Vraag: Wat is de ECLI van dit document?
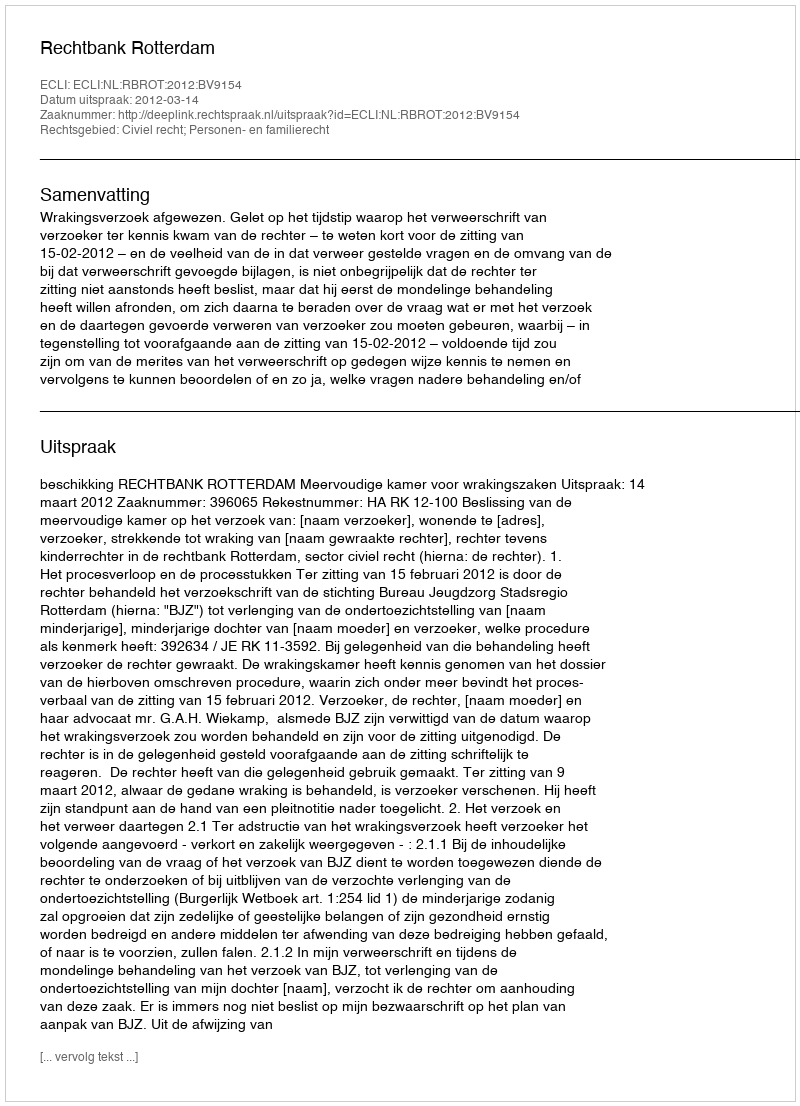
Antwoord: ECLI:NL:RBROT:2012:BV9154